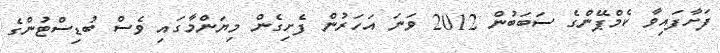
ފަށާފައިވާ ކެމްޕޭންގެ ސަބަބުން 2012 ވަނަ އަހަރުން ފެށިގެން މިޔަންމާގައި ވެސް ބުޑިސްޓުންގެ